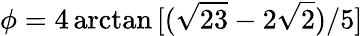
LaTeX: \phi=4\arctan{[(\sqrt{23}-2\sqrt{2})/5]}